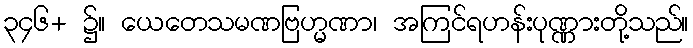
၃၄၆+ ၌။ ယေတေသမဏဗြဟ္မဏာ၊ အကြင်ရဟန်းပုဏ္ဏားတို့သည်။